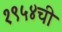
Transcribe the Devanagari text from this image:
१९५४ची